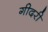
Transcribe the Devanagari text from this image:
गीदरी